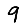
Digit: 9